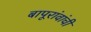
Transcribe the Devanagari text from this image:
बापूरांवांची